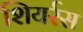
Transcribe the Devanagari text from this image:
शियर्रस